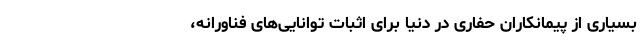
بسیاری از پیمانکاران حفاری در دنیا برای اثبات توانایی‌های فناورانه،